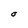
Character: O